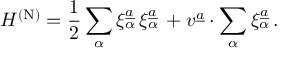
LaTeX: H ^ { \mathrm { ( N ) } } = { \frac { 1 } { 2 } } \sum _ { \alpha } \xi _ { \alpha } ^ { \underline { { { a } } } } \, \xi _ { \alpha } ^ { \underline { { { a } } } } \, + v ^ { \underline { { { a } } } } \cdot \sum _ { \alpha } \xi _ { \alpha } ^ { \underline { { { a } } } } \, .